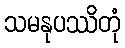
သမနုပဿိတုံ